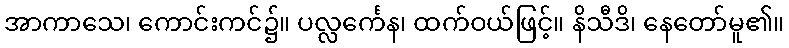
အာကာသေ၊ ကောင်းကင်၌။ ပလ္လင်္ကေန၊ ထက်ဝယ်ဖြင့်။ နိသီဒိ၊ နေတော်မူ၏။